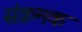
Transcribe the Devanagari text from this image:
संक्रमक